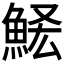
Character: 𩷃